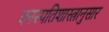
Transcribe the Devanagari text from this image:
वनस्पतिशास्त्रानुसार